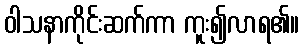
ဝါသနာကိုင်းဆက်ကာ ကူး၍လာရ၏။